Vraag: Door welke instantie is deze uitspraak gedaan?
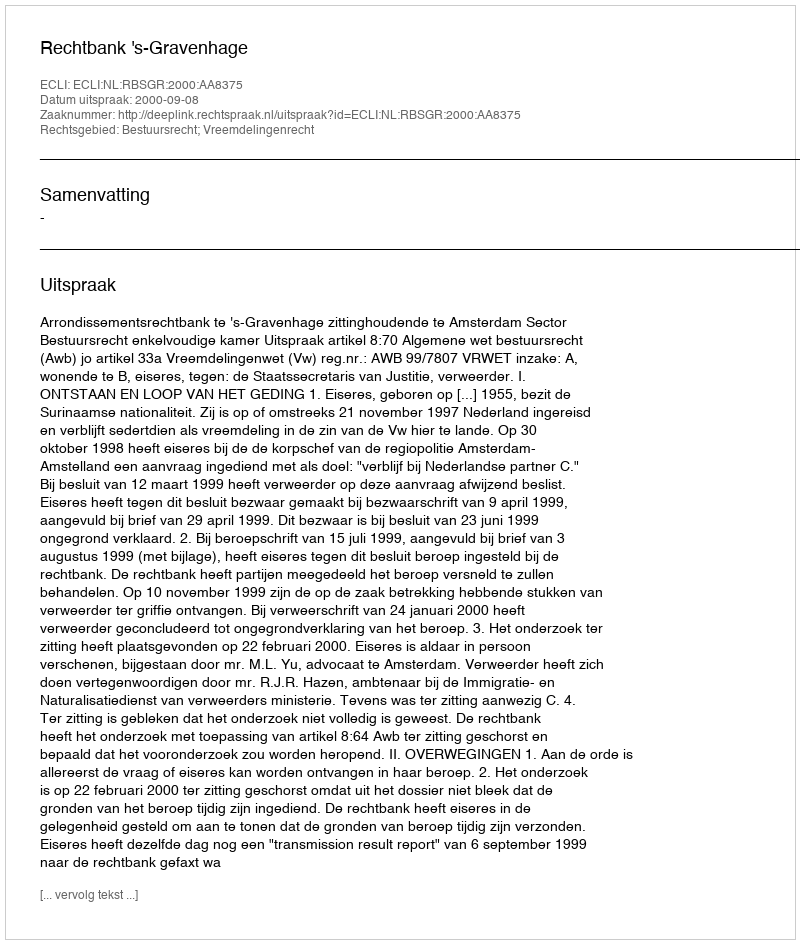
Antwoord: Rechtbank 's-Gravenhage